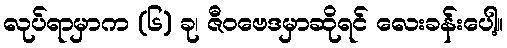
လုပ်ရာမှာက (၆) ခု၊ ဇီဝဗေဒမှာဆိုရင် လေးခန်းပေါ့။